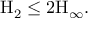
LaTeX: \mathrm { H } _ { 2 } \leq 2 \mathrm { H } _ { \infty } .